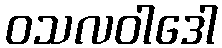
ဝသလဝါဒေါ